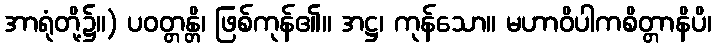
အာရုံတို့၌။) ပဝတ္တန္တိ၊ ဖြစ်ကုန်၏။ အဋ္ဌ၊ ကုန်သော။ မဟာဝိပါကစိတ္တာနိပိ၊